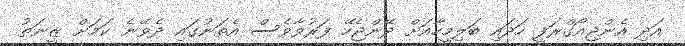
އަދި އެންޖިއޯގްރަފީ ހަދައި ބަލިމީހާއަށް ދޭންޖެހޭ ފަރުވާވެސް އެތަނުގައި ދެވޭނެ ކަމަށް ޒީނަތު